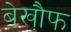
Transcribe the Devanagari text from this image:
बे़खौ़फ